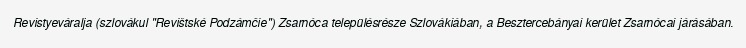
Revistyeváralja (szlovákul "Revištské Podzámčie") Zsarnóca településrésze Szlovákiában, a Besztercebányai kerület Zsarnócai járásában.